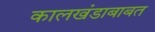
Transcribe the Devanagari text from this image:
कालखंडाबाबत